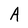
Character: A